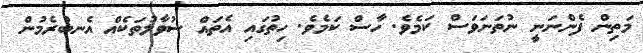
މަތިން ފެންނަނީ ނުތަނަވަސް ކަމެވެ. ހާސް ކަމެވެ. ހިތުގައި އެތައް ސުވާލުތަކެއް އެނބުރެމުން